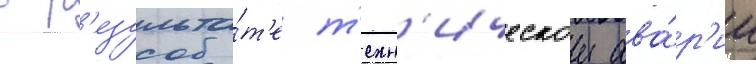
в р'езульта́т'е т'ехн'ическои ава́р'ии